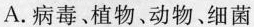
A.病毒、植物、动物、细菌